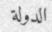
الدولة